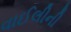
વાઈલીની